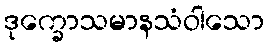
ဒုက္ခောသမာနသံဝါသော